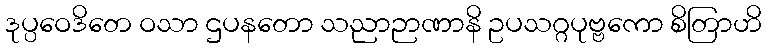
ဒုပ္ပဝေဒိတေ ဝသာ ဌပနတော သညာဉာဏာနိ ဥပသဂ္ဂပုဗ္ဗကော စိတြာဟိ